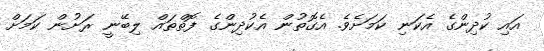
އައި ކުދިންގެ އެކަނި ކަމަށެވެ. އެގޮތުން އެކުދިންގެ ފޮތްތައް ލިބޭނީ ރަށުން ކަމަށް